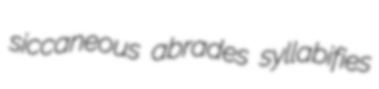
siccaneous abrades syllabifies